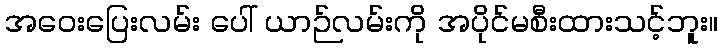
အဝေးပြေးလမ်း ပေါ် ယာဉ်လမ်းကို အပိုင်မစီးထားသင့်ဘူး။